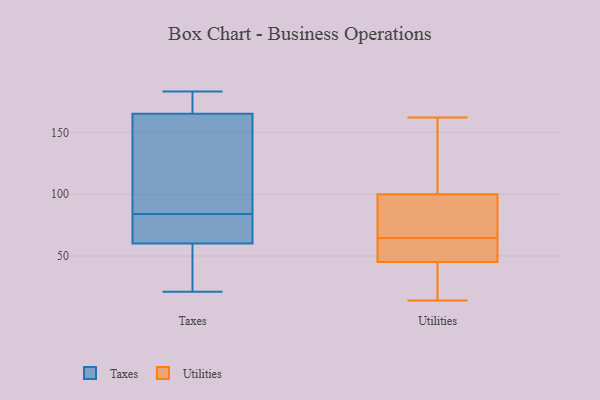
{"axis": {"x": "Tickets Resolved", "y": "Value"}, "legend": ["Taxes", "Utilities"], "data": [{"x": "", "y": 64, "type": "Taxes"}, {"x": "", "y": 46, "type": "Taxes"}, {"x": "", "y": 173, "type": "Taxes"}, {"x": "", "y": 60, "type": "Taxes"}, {"x": "", "y": 165, "type": "Taxes"}, {"x": "", "y": 183, "type": "Taxes"}, {"x": "", "y": 102, "type": "Taxes"}, {"x": "", "y": 162, "type": "Taxes"}, {"x": "", "y": 66, "type": "Taxes"}, {"x": "", "y": 21, "type": "Taxes"}, {"x": "", "y": 112, "type": "Utilities"}, {"x": "", "y": 154, "type": "Utilities"}, {"x": "", "y": 48, "type": "Utilities"}, {"x": "", "y": 61, "type": "Utilities"}, {"x": "", "y": 162, "type": "Utilities"}, {"x": "", "y": 15, "type": "Utilities"}, {"x": "", "y": 82, "type": "Utilities"}, {"x": "", "y": 149, "type": "Utilities"}, {"x": "", "y": 72, "type": "Utilities"}, {"x": "", "y": 57, "type": "Utilities"}, {"x": "", "y": 16, "type": "Utilities"}, {"x": "", "y": 88, "type": "Utilities"}, {"x": "", "y": 42, "type": "Utilities"}, {"x": "", "y": 14, "type": "Utilities"}, {"x": "", "y": 53, "type": "Utilities"}, {"x": "", "y": 68, "type": "Utilities"}]}